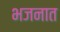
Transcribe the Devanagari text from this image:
भजनात